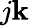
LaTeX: j\mathbf{k}